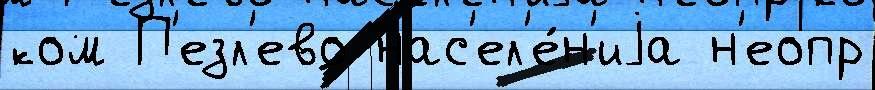
ком П'езл'ево нас'ел'е́н'иjа н'еопр